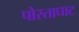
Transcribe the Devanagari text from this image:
पोस्ताघाट